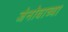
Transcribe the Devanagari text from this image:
जेनोवाच्या